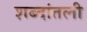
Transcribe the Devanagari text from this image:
शब्दांतली